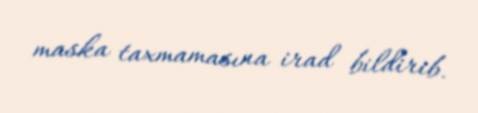
maska taxmamasına irad bildirib.